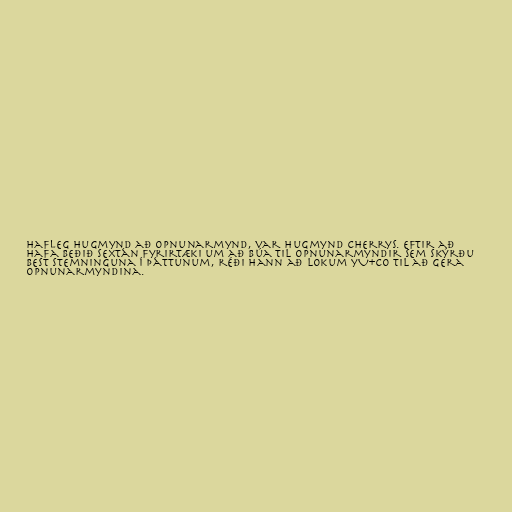
hafleg hugmynd að opnunarmynd, var hugmynd Cherrys. Eftir að
hafa beðið sextán fyrirtæki um að búa til opnunarmyndir sem skýrðu
best stemninguna í þáttunum, réði hann að lokum yU+co til að gera
opnunarmyndina.